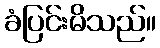
ခံပြင်းမိသည်။